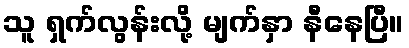
သူ ရှက်လွန်းလို့ မျက်နှာ နီနေပြီ။